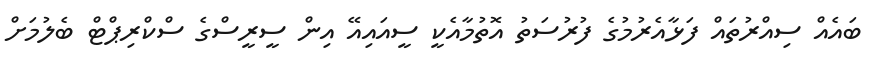
ބައެއް ސިއްރުތައް ފަޅާއެރުމުގެ ފުރުސަތު އޮތުމާއެކީ ސީއައިއޭ އިން ސީރީސްގެ ސްކްރިޕްޓް ބެލުމަށް